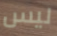
ليس